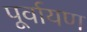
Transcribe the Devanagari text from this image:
पूर्वायण